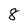
Character: 8